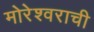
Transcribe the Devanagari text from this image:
मोरेश्वराची